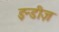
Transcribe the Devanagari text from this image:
इन्डीज़